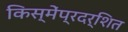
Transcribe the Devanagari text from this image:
किस्मेंप्रदर्शित